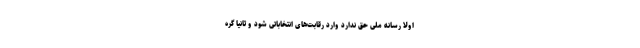
اولاً رسانه ملی حق ندارد وارد رقابت‌های انتخاباتی شود و ثانیاً گره